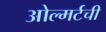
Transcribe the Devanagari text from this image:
ओल्मर्टची